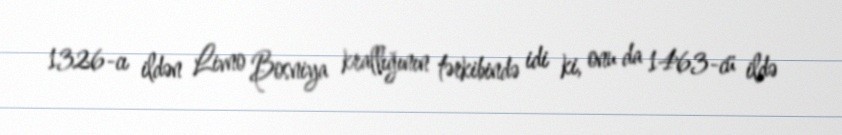
1326-cı ildən Livno Bosniya krallığının tərkibində idi ki, onu da 1463-cü ildə